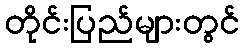
တိုင်းပြည်များတွင်